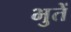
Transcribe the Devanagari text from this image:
भुतें